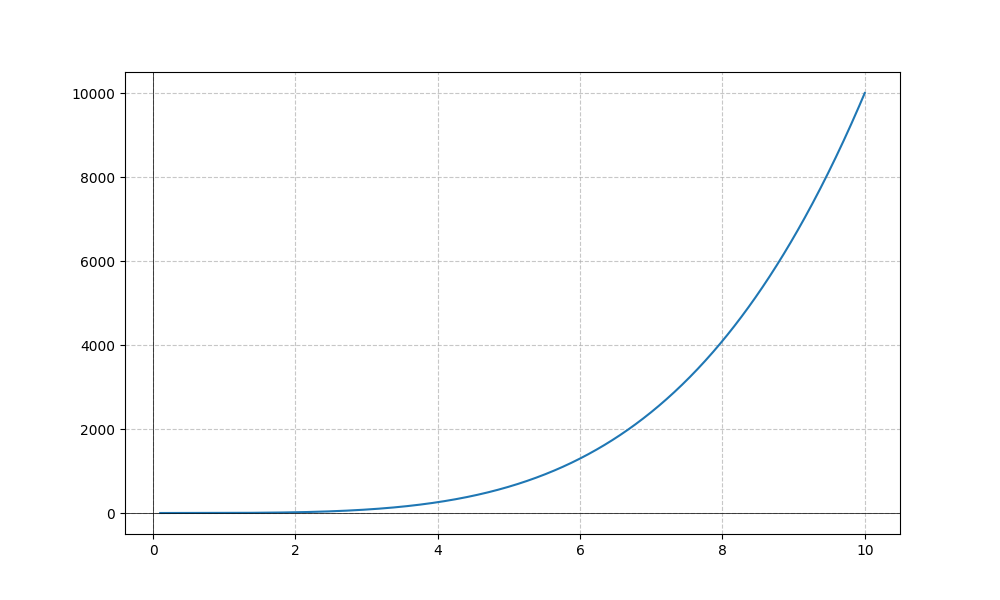
LaTeX formula: \sqrt{x} + x^{4}